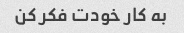
به کار خودت فکر کن